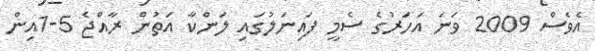
އެވެސް 2009 ވަނަ އަހަރުގެ ސެމީ ފައިނަލުގައި ލަންކާ އަތުން ރާއްޖެ 5-1އިން